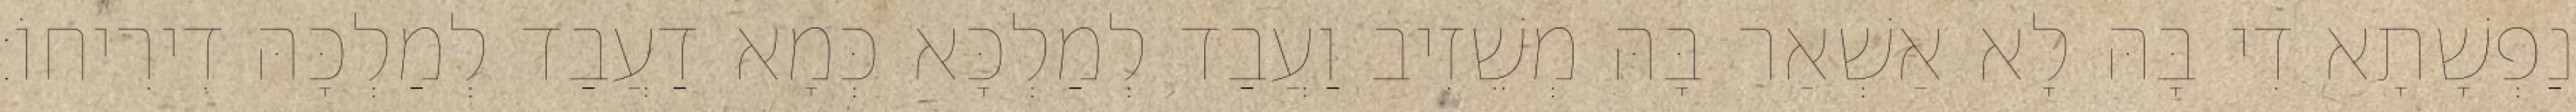
נַפְשָׁתָא דִי בָּהּ לָא אַשְׁאַר בָּהּ מְשֵׁזִיב וַעֲבַד לְמַלְכָּא כְּמָא דַעֲבַד לְמַלְכָּהּ דִירִיחוֹ׃